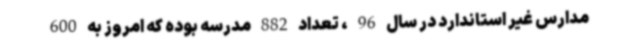
مدارس غیر استاندارد در سال 96 ، تعداد 882 مدرسه بوده که امروز به 600